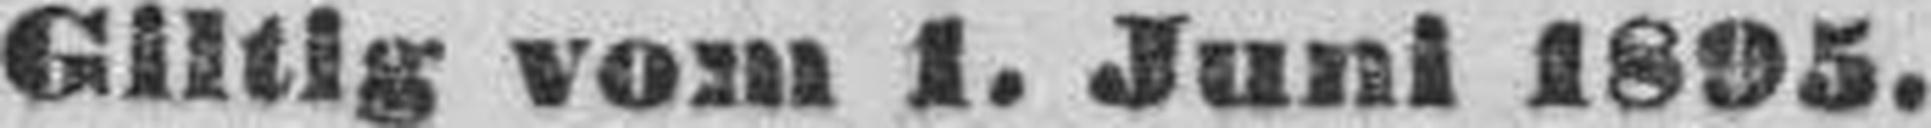
Giltig vom 1. Juni 1895.